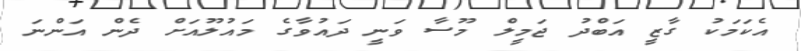
އެކަމަކު ގާޒީ އަބްދު ޖަމީލް މޫސާ ވަނީ ދައުވާގެ މައުލޫއަށް ދެން އަންނަ